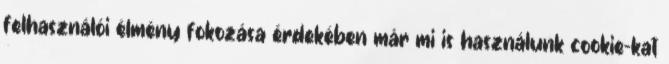
felhasználói élmény fokozása érdekében már mi is használunk cookie-kat